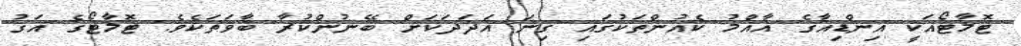
ޓޮމާޓޯއަކީ އިންޑިއާގެ އާއްމު ކެއުންތަކުގައި ގިނަ އަދަދަކަށް ބޭނުންކުރާ ބާވަތަކެވެ. ޓޮމާޓޯގެ އަގު